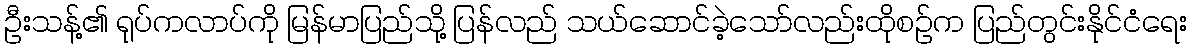
ဦးသန့်၏ ရုပ်ကလာပ်ကို မြန်မာပြည်သို့ ပြန်လည် သယ်ဆောင်ခဲ့သော်လည်းထိုစဉ်က ပြည်တွင်းနိုင်ငံရေး